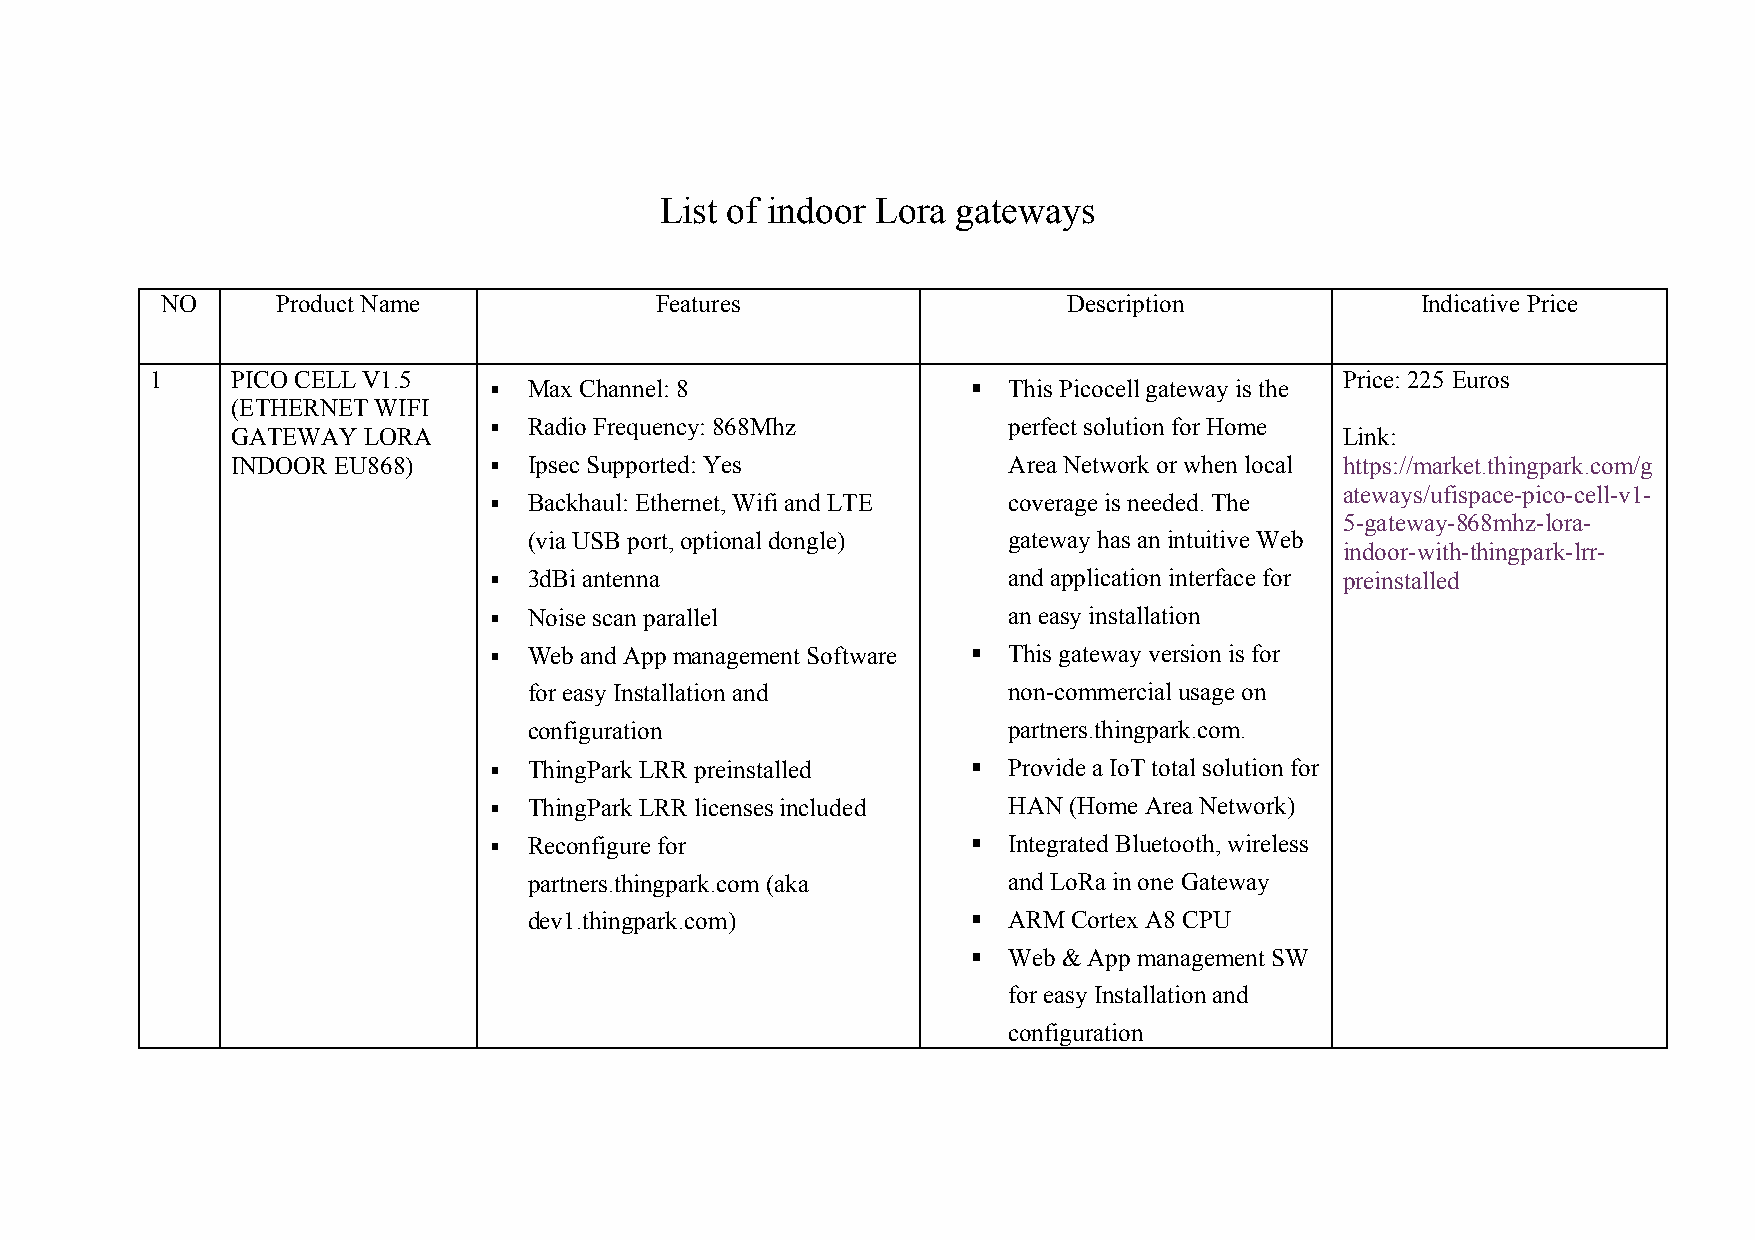
List of indoor Lora gateways
 NO     Product Name             Features                    Description            Indicative Price
 1    PICO CELL V1.5                                                            Price: 225 Euros
   Max Channel: 8                 This Picocell gateway is the
 (ETHERNET WIFI
   Radio Frequency: 868Mhz         perfect solution for Home
 GATEWAY  LORA                                                             Link:
 INDOOR EU868)      Ipsec Supported: Yes            Area Network or when local https://market.thingpark.com/g
 ateways/ufispace-pico-cell-v1-
   Backhaul: Ethernet, Wifi and LTE coverage is needed. The
 5-gateway-868mhz-lora-
 (via USB port, optional dongle) gateway has an intuitive Web
 indoor-with-thingpark-lrr-
   3dBi antenna                    and application interface for preinstalled
   Noise scan parallel             an easy installation
   Web and App management Software  This gateway version is for
 for easy Installation and       non-commercial usage on
 configuration                   partners.thingpark.com.
   ThingPark LRR preinstalled     Provide a IoT total solution for
   ThingPark LRR licenses included HAN (Home Area Network)
   Reconfigure for                Integrated Bluetooth, wireless
 partners.thingpark.com (aka     and LoRa in one Gateway
 dev1.thingpark.com)            ARM Cortex A8 CPU
   Web & App management SW
 for easy Installation and
 configuration